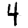
Digit: 4